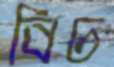
বিচ